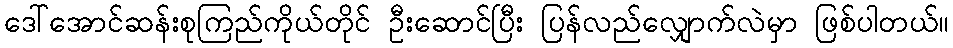
ဒေါ်အောင်ဆန်းစုကြည်ကိုယ်တိုင် ဦးဆောင်ပြီး ပြန်လည်လျှောက်လဲမှာ ဖြစ်ပါတယ်။